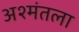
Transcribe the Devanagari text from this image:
अश्मंतला